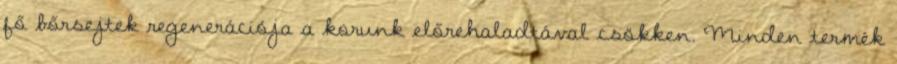
fő bőrsejtek regenerációja a korunk előrehaladtával csökken. Minden termék